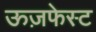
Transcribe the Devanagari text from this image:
ऊज़फेस्ट